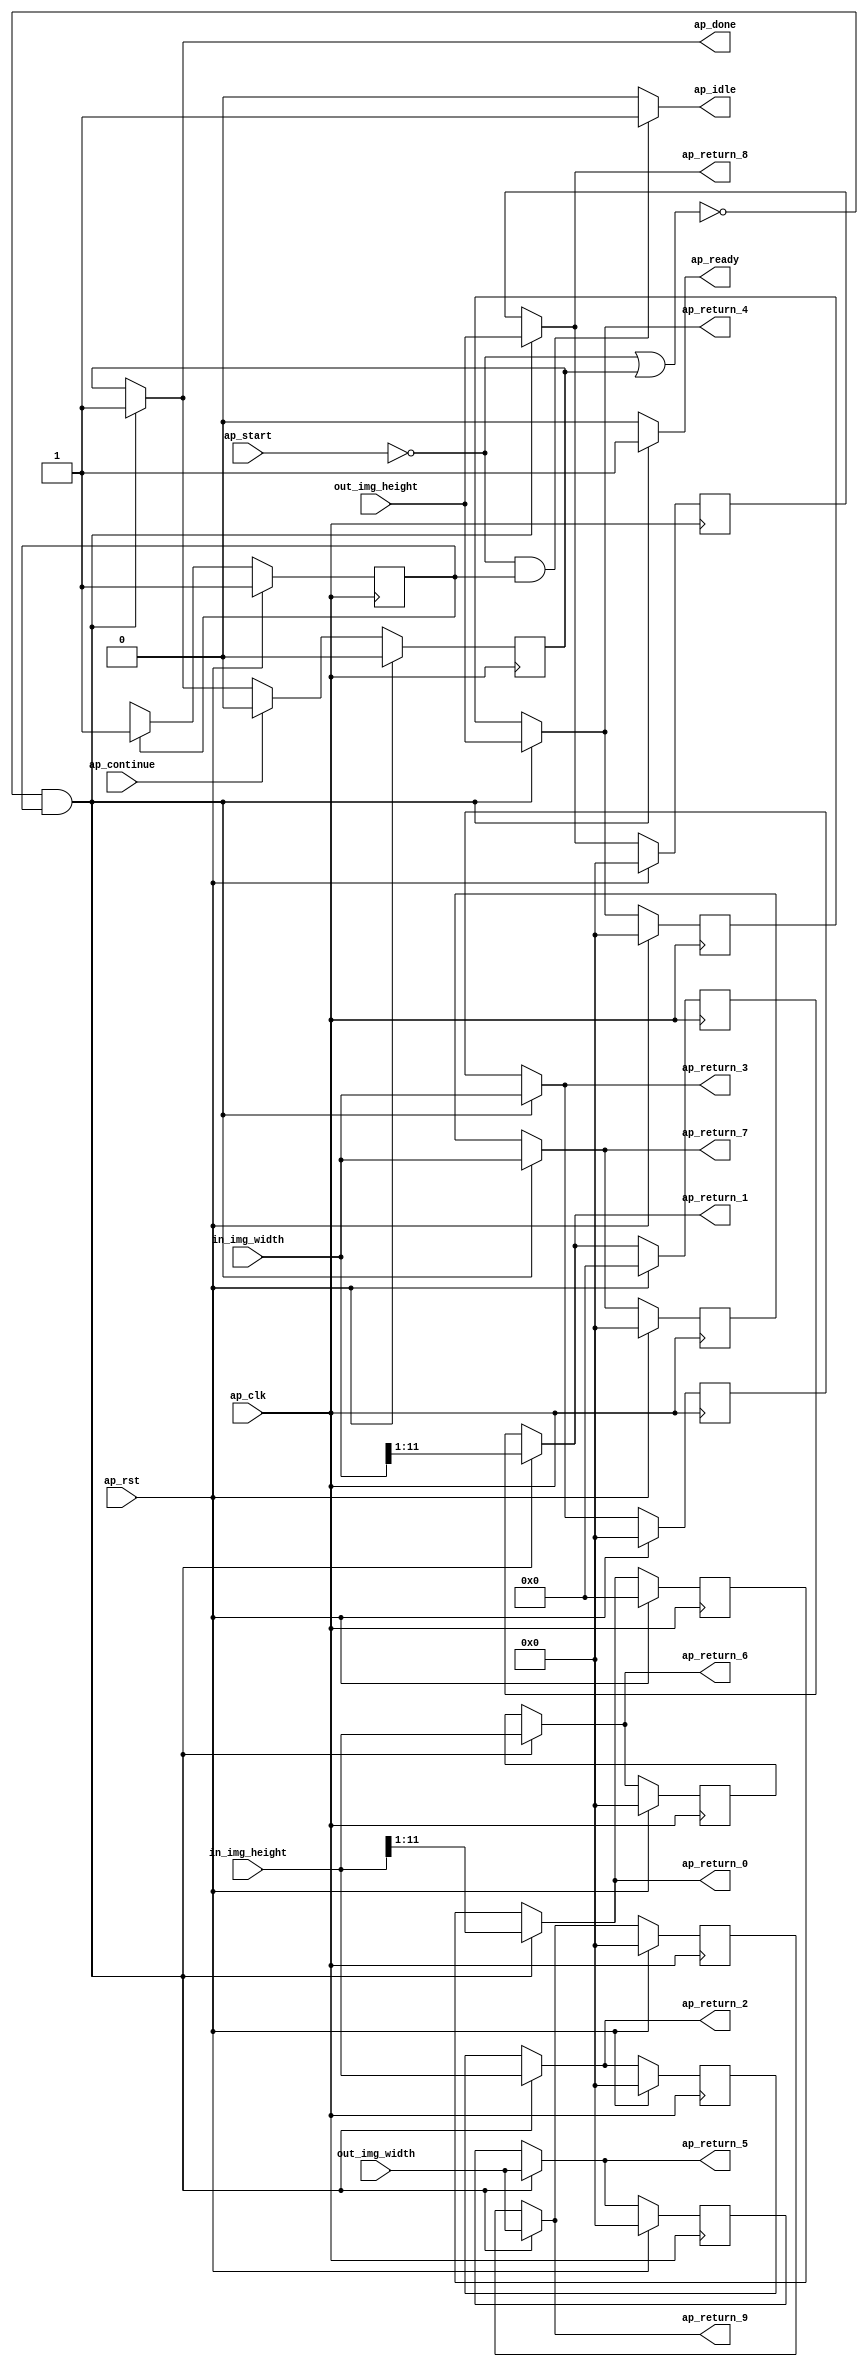
// Copyright (C) 2022, Advanced Micro Devices, Inc. All rights reserved.
// SPDX-License-Identifier: MIT
// ==============================================================
// Version: 2022.1
// 
// ===========================================================

`timescale 1 ns / 1 ps 

module pp_pipeline_accel_Block_entry20_proc (
        ap_clk,
        ap_rst,
        ap_start,
        ap_done,
        ap_continue,
        ap_idle,
        ap_ready,
        in_img_height,
        in_img_width,
        out_img_height,
        out_img_width,
        ap_return_0,
        ap_return_1,
        ap_return_2,
        ap_return_3,
        ap_return_4,
        ap_return_5,
        ap_return_6,
        ap_return_7,
        ap_return_8,
        ap_return_9
);

parameter    ap_ST_fsm_state1 = 1'd1;

input   ap_clk;
input   ap_rst;
input   ap_start;
output   ap_done;
input   ap_continue;
output   ap_idle;
output   ap_ready;
input  [31:0] in_img_height;
input  [31:0] in_img_width;
input  [31:0] out_img_height;
input  [31:0] out_img_width;
output  [10:0] ap_return_0;
output  [10:0] ap_return_1;
output  [31:0] ap_return_2;
output  [31:0] ap_return_3;
output  [31:0] ap_return_4;
output  [31:0] ap_return_5;
output  [31:0] ap_return_6;
output  [31:0] ap_return_7;
output  [31:0] ap_return_8;
output  [31:0] ap_return_9;

reg ap_done;
reg ap_idle;
reg ap_ready;
reg[10:0] ap_return_0;
reg[10:0] ap_return_1;
reg[31:0] ap_return_2;
reg[31:0] ap_return_3;
reg[31:0] ap_return_4;
reg[31:0] ap_return_5;
reg[31:0] ap_return_6;
reg[31:0] ap_return_7;
reg[31:0] ap_return_8;
reg[31:0] ap_return_9;

reg    ap_done_reg;
(* fsm_encoding = "none" *) reg   [0:0] ap_CS_fsm;
wire    ap_CS_fsm_state1;
reg    ap_block_state1;
reg   [10:0] ap_return_0_preg;
reg   [10:0] ap_return_1_preg;
reg   [31:0] ap_return_2_preg;
reg   [31:0] ap_return_3_preg;
reg   [31:0] ap_return_4_preg;
reg   [31:0] ap_return_5_preg;
reg   [31:0] ap_return_6_preg;
reg   [31:0] ap_return_7_preg;
reg   [31:0] ap_return_8_preg;
reg   [31:0] ap_return_9_preg;
reg   [0:0] ap_NS_fsm;
reg    ap_ST_fsm_state1_blk;
wire    ap_ce_reg;

// power-on initialization
initial begin
#0 ap_done_reg = 1'b0;
#0 ap_CS_fsm = 1'd1;
#0 ap_return_0_preg = 11'd0;
#0 ap_return_1_preg = 11'd0;
#0 ap_return_2_preg = 32'd0;
#0 ap_return_3_preg = 32'd0;
#0 ap_return_4_preg = 32'd0;
#0 ap_return_5_preg = 32'd0;
#0 ap_return_6_preg = 32'd0;
#0 ap_return_7_preg = 32'd0;
#0 ap_return_8_preg = 32'd0;
#0 ap_return_9_preg = 32'd0;
end

always @ (posedge ap_clk) begin
    if (ap_rst == 1'b1) begin
        ap_CS_fsm <= ap_ST_fsm_state1;
    end else begin
        ap_CS_fsm <= ap_NS_fsm;
    end
end

always @ (posedge ap_clk) begin
    if (ap_rst == 1'b1) begin
        ap_done_reg <= 1'b0;
    end else begin
        if ((ap_continue == 1'b1)) begin
            ap_done_reg <= 1'b0;
        end else if ((~((ap_start == 1'b0) | (ap_done_reg == 1'b1)) & (1'b1 == ap_CS_fsm_state1))) begin
            ap_done_reg <= 1'b1;
        end
    end
end

always @ (posedge ap_clk) begin
    if (ap_rst == 1'b1) begin
        ap_return_0_preg <= 11'd0;
    end else begin
        if ((~((ap_start == 1'b0) | (ap_done_reg == 1'b1)) & (1'b1 == ap_CS_fsm_state1))) begin
            ap_return_0_preg <= {{in_img_height[11:1]}};
        end
    end
end

always @ (posedge ap_clk) begin
    if (ap_rst == 1'b1) begin
        ap_return_1_preg <= 11'd0;
    end else begin
        if ((~((ap_start == 1'b0) | (ap_done_reg == 1'b1)) & (1'b1 == ap_CS_fsm_state1))) begin
            ap_return_1_preg <= {{in_img_width[11:1]}};
        end
    end
end

always @ (posedge ap_clk) begin
    if (ap_rst == 1'b1) begin
        ap_return_2_preg <= 32'd0;
    end else begin
        if ((~((ap_start == 1'b0) | (ap_done_reg == 1'b1)) & (1'b1 == ap_CS_fsm_state1))) begin
            ap_return_2_preg <= in_img_height;
        end
    end
end

always @ (posedge ap_clk) begin
    if (ap_rst == 1'b1) begin
        ap_return_3_preg <= 32'd0;
    end else begin
        if ((~((ap_start == 1'b0) | (ap_done_reg == 1'b1)) & (1'b1 == ap_CS_fsm_state1))) begin
            ap_return_3_preg <= in_img_width;
        end
    end
end

always @ (posedge ap_clk) begin
    if (ap_rst == 1'b1) begin
        ap_return_4_preg <= 32'd0;
    end else begin
        if ((~((ap_start == 1'b0) | (ap_done_reg == 1'b1)) & (1'b1 == ap_CS_fsm_state1))) begin
            ap_return_4_preg <= out_img_height;
        end
    end
end

always @ (posedge ap_clk) begin
    if (ap_rst == 1'b1) begin
        ap_return_5_preg <= 32'd0;
    end else begin
        if ((~((ap_start == 1'b0) | (ap_done_reg == 1'b1)) & (1'b1 == ap_CS_fsm_state1))) begin
            ap_return_5_preg <= out_img_width;
        end
    end
end

always @ (posedge ap_clk) begin
    if (ap_rst == 1'b1) begin
        ap_return_6_preg <= 32'd0;
    end else begin
        if ((~((ap_start == 1'b0) | (ap_done_reg == 1'b1)) & (1'b1 == ap_CS_fsm_state1))) begin
            ap_return_6_preg <= in_img_height;
        end
    end
end

always @ (posedge ap_clk) begin
    if (ap_rst == 1'b1) begin
        ap_return_7_preg <= 32'd0;
    end else begin
        if ((~((ap_start == 1'b0) | (ap_done_reg == 1'b1)) & (1'b1 == ap_CS_fsm_state1))) begin
            ap_return_7_preg <= in_img_width;
        end
    end
end

always @ (posedge ap_clk) begin
    if (ap_rst == 1'b1) begin
        ap_return_8_preg <= 32'd0;
    end else begin
        if ((~((ap_start == 1'b0) | (ap_done_reg == 1'b1)) & (1'b1 == ap_CS_fsm_state1))) begin
            ap_return_8_preg <= out_img_height;
        end
    end
end

always @ (posedge ap_clk) begin
    if (ap_rst == 1'b1) begin
        ap_return_9_preg <= 32'd0;
    end else begin
        if ((~((ap_start == 1'b0) | (ap_done_reg == 1'b1)) & (1'b1 == ap_CS_fsm_state1))) begin
            ap_return_9_preg <= out_img_width;
        end
    end
end

always @ (*) begin
    if (((ap_start == 1'b0) | (ap_done_reg == 1'b1))) begin
        ap_ST_fsm_state1_blk = 1'b1;
    end else begin
        ap_ST_fsm_state1_blk = 1'b0;
    end
end

always @ (*) begin
    if ((~((ap_start == 1'b0) | (ap_done_reg == 1'b1)) & (1'b1 == ap_CS_fsm_state1))) begin
        ap_done = 1'b1;
    end else begin
        ap_done = ap_done_reg;
    end
end

always @ (*) begin
    if (((ap_start == 1'b0) & (1'b1 == ap_CS_fsm_state1))) begin
        ap_idle = 1'b1;
    end else begin
        ap_idle = 1'b0;
    end
end

always @ (*) begin
    if ((~((ap_start == 1'b0) | (ap_done_reg == 1'b1)) & (1'b1 == ap_CS_fsm_state1))) begin
        ap_ready = 1'b1;
    end else begin
        ap_ready = 1'b0;
    end
end

always @ (*) begin
    if ((~((ap_start == 1'b0) | (ap_done_reg == 1'b1)) & (1'b1 == ap_CS_fsm_state1))) begin
        ap_return_0 = {{in_img_height[11:1]}};
    end else begin
        ap_return_0 = ap_return_0_preg;
    end
end

always @ (*) begin
    if ((~((ap_start == 1'b0) | (ap_done_reg == 1'b1)) & (1'b1 == ap_CS_fsm_state1))) begin
        ap_return_1 = {{in_img_width[11:1]}};
    end else begin
        ap_return_1 = ap_return_1_preg;
    end
end

always @ (*) begin
    if ((~((ap_start == 1'b0) | (ap_done_reg == 1'b1)) & (1'b1 == ap_CS_fsm_state1))) begin
        ap_return_2 = in_img_height;
    end else begin
        ap_return_2 = ap_return_2_preg;
    end
end

always @ (*) begin
    if ((~((ap_start == 1'b0) | (ap_done_reg == 1'b1)) & (1'b1 == ap_CS_fsm_state1))) begin
        ap_return_3 = in_img_width;
    end else begin
        ap_return_3 = ap_return_3_preg;
    end
end

always @ (*) begin
    if ((~((ap_start == 1'b0) | (ap_done_reg == 1'b1)) & (1'b1 == ap_CS_fsm_state1))) begin
        ap_return_4 = out_img_height;
    end else begin
        ap_return_4 = ap_return_4_preg;
    end
end

always @ (*) begin
    if ((~((ap_start == 1'b0) | (ap_done_reg == 1'b1)) & (1'b1 == ap_CS_fsm_state1))) begin
        ap_return_5 = out_img_width;
    end else begin
        ap_return_5 = ap_return_5_preg;
    end
end

always @ (*) begin
    if ((~((ap_start == 1'b0) | (ap_done_reg == 1'b1)) & (1'b1 == ap_CS_fsm_state1))) begin
        ap_return_6 = in_img_height;
    end else begin
        ap_return_6 = ap_return_6_preg;
    end
end

always @ (*) begin
    if ((~((ap_start == 1'b0) | (ap_done_reg == 1'b1)) & (1'b1 == ap_CS_fsm_state1))) begin
        ap_return_7 = in_img_width;
    end else begin
        ap_return_7 = ap_return_7_preg;
    end
end

always @ (*) begin
    if ((~((ap_start == 1'b0) | (ap_done_reg == 1'b1)) & (1'b1 == ap_CS_fsm_state1))) begin
        ap_return_8 = out_img_height;
    end else begin
        ap_return_8 = ap_return_8_preg;
    end
end

always @ (*) begin
    if ((~((ap_start == 1'b0) | (ap_done_reg == 1'b1)) & (1'b1 == ap_CS_fsm_state1))) begin
        ap_return_9 = out_img_width;
    end else begin
        ap_return_9 = ap_return_9_preg;
    end
end

always @ (*) begin
    case (ap_CS_fsm)
        ap_ST_fsm_state1 : begin
            ap_NS_fsm = ap_ST_fsm_state1;
        end
        default : begin
            ap_NS_fsm = 'bx;
        end
    endcase
end

assign ap_CS_fsm_state1 = ap_CS_fsm[32'd0];

always @ (*) begin
    ap_block_state1 = ((ap_start == 1'b0) | (ap_done_reg == 1'b1));
end

endmodule //pp_pipeline_accel_Block_entry20_proc